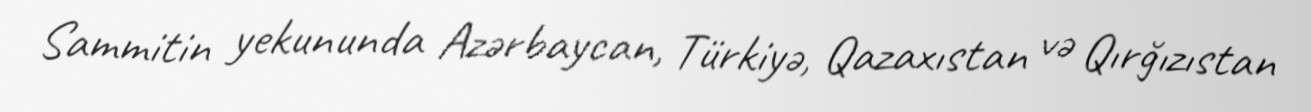
Sammitin yekununda Azərbaycan, Türkiyə, Qazaxıstan və Qırğızıstan